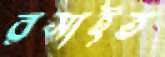
রসাইত